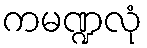
ကမဏ္ဍလုံ